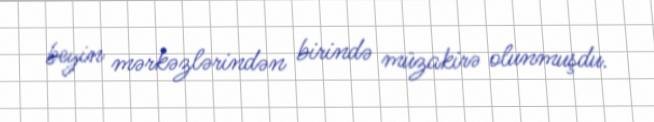
beyin mərkəzlərindən birində müzakirə olunmuşdu.